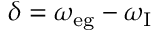
\delta = \omega _ { \mathrm { { e g } } } - \omega _ { \mathrm { { I } } }